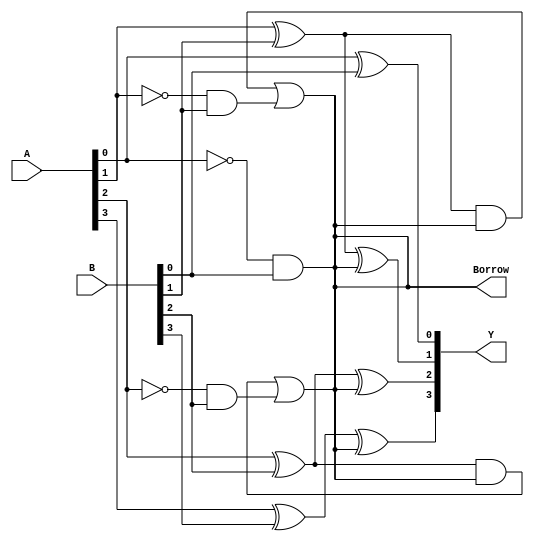
module gate_level_subtractor(
    input wire [3:0] A,
    input wire [3:0] B,
    output reg [3:0] Y,
    output reg Borrow
);

// Stage 0
assign Y[0] = A[0] ^ B[0];
assign Borrow = ~A[0] & B[0];

// Stage 1
assign Y[1] = (A[1] ^ B[1]) ^ Borrow;
assign Borrow = ((A[1] ^ B[1]) & Borrow) | (~A[1] & B[1]);

// Stage 2
assign Y[2] = (A[2] ^ B[2]) ^ Borrow;
assign Borrow = ((A[2] ^ B[2]) & Borrow) | (~A[2] & B[2]);

// Stage 3
assign Y[3] = (A[3] ^ B[3]) ^ Borrow;

endmodule